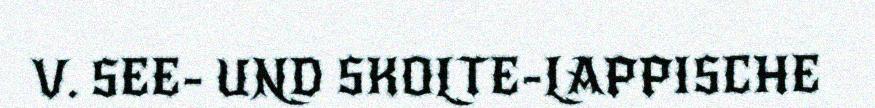
V. SEE- UND SKOLTE-LAPPISCHE